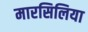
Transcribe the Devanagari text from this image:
मारसिलिया